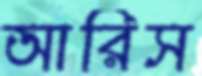
আরিস